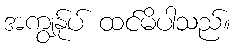
အကျွန်ုပ် ထင်မိပါသည်။